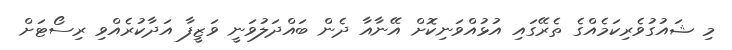
މި ޝައުގުވެރިކަމެއްގެ ތެރޭގައި އުޅުއްވަނިކޮށް އޭނާއާ ދެން ބައްދަލުވަނީ ވަޒީފާ އަދާކުރެއްވި ރިސޯޓަށް